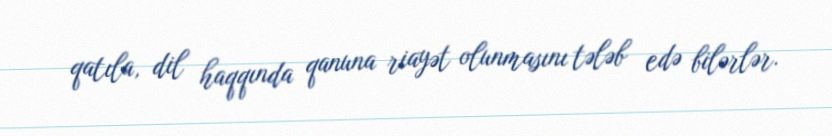
qatıla, dil haqqında qanuna riayət olunmasını tələb edə bilərlər.